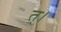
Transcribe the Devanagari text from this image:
त्।